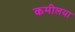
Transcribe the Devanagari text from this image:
कमीलया